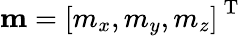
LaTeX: \mathbf{m}=\left[m_{x},m_{y},m_{z}\right]^{\mathrm{~T~}}